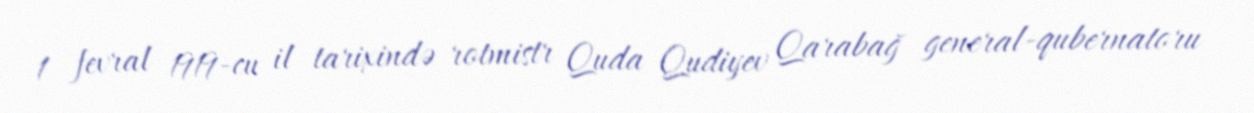
1 fevral 1919-cu il tarixində rotmistr Quda Qudiyev Qarabağ general-qubernatoru